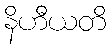
နိဟီယတိ